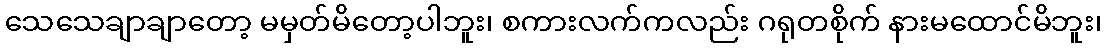
သေသေချာချာတော့ မမှတ်မိတော့ပါဘူး၊ စကားလက်ကလည်း ဂရုတစိုက် နားမထောင်မိဘူး၊